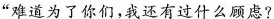
“难道为了你们，我还有过什么顾虑？”